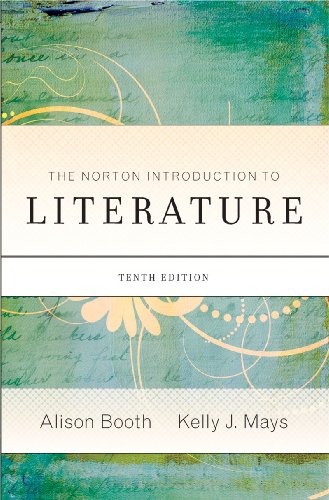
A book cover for The Norton Introduction to Literature (Tenth Edition); Literature & Fiction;